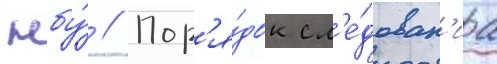
нбу́ // Пор'я́док сл'е́дован'иа